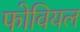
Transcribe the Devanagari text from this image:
फोवियल